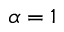
\alpha = 1